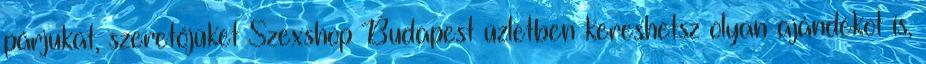
párjukat, szeretőjüket Szexshop Budapest üzletben kereshetsz olyan ajándékot is,